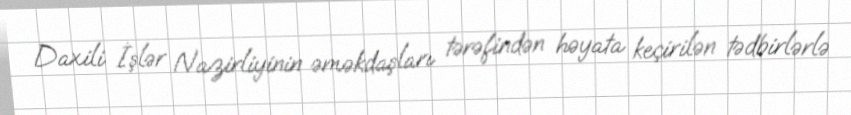
Daxili İşlər Nazirliyinin əməkdaşları tərəfindən həyata keçirilən tədbirlərlə